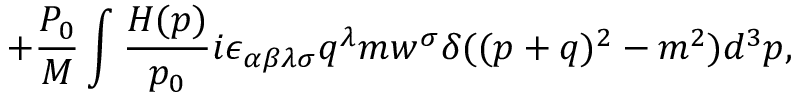
+ \frac { P _ { 0 } } M \int \frac { H ( p ) } { p _ { 0 } } i \epsilon _ { \alpha \beta \lambda \sigma } q ^ { \lambda } m w ^ { \sigma } \delta ( ( p + q ) ^ { 2 } - m ^ { 2 } ) d ^ { 3 } p ,